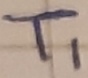
Text: T1